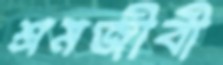
শ্রমজীবী